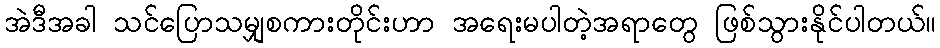
အဲဒီအခါ သင်ပြောသမျှစကားတိုင်းဟာ အရေးမပါတဲ့အရာတွေ ဖြစ်သွားနိုင်ပါတယ်။